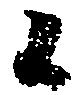
候